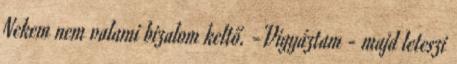
Nekem nem valami bizalom keltő. -Vigyáztam - majd leteszi